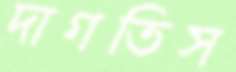
দাগতিস